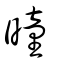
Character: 曈